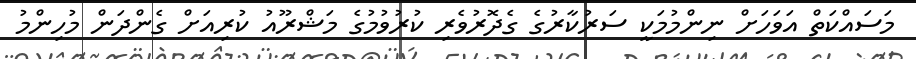
މަސައްކަތް އަވަހަށް ނިންމުމަކީ ސަރުކާރުގެ ގެދޮރުވެރި ކުރުވުމުގެ މަޝްރޫއު ކުރިއަށް ގެންދަން މުހިންމު